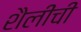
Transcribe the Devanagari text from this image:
शैलींची